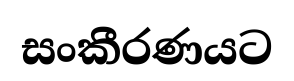
සංකීරණයට